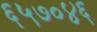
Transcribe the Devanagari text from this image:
६५७०४६